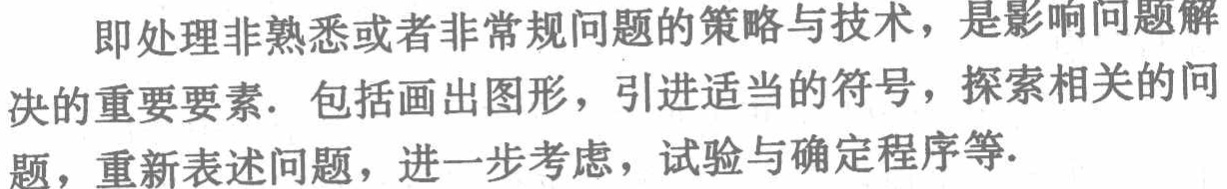
即处理非熟悉或者非常规问题的策略与技术，是影响问题解
决的重要要素. 包括画出图形，引进适当的符号，探索相关的问
题，重新表述问题，进一步考虑，试验与确定程序等.